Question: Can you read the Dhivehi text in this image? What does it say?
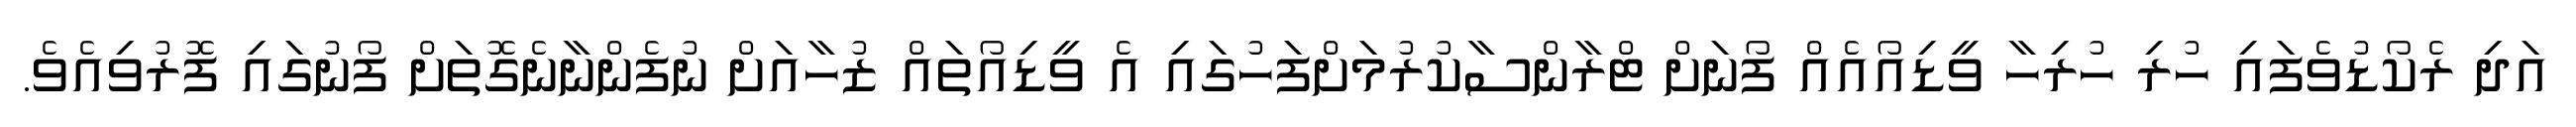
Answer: އަދި ރެކޯޑުވެފައި ހުރި ހުރިހާ ވީޑިއޯއެއް ފޯނަށް ޓްރާންސާކުރުމަށްފަހުގައި އެ ވީޑިއޯތައް ޒުހާއަށް ނުފެންނާނެގޮތަށް ފޯނުގައި ފޮރުވިއެވެ.